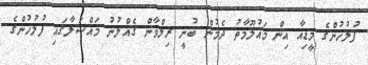
ފުލުހުންގެ މީޑިއާ އިން މައުލޫމާތު ދެމުން ބުނީ ރިލްވާން ގެއްލުނު މައްސަލާގައި ފުލުހުންގެ